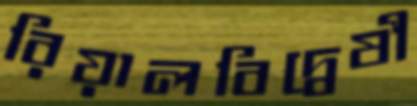
রিয়ালবিদ্বেষী